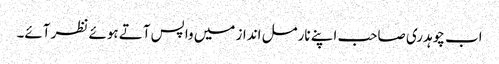
اب چوہدری صاحب اپنے نارمل انداز میں واپس آتے ہوئے نظر آئے۔